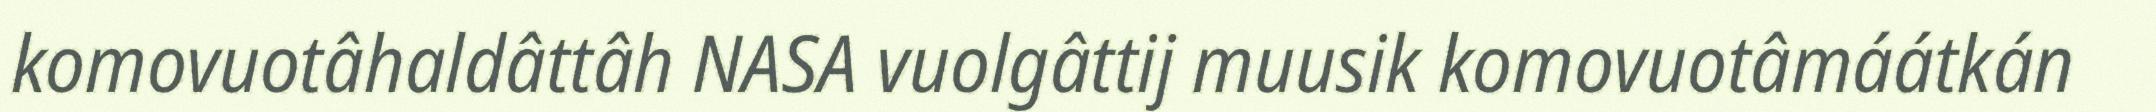
komovuotâhaldâttâh NASA vuolgâttij muusik komovuotâmáátkán